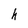
Character: h